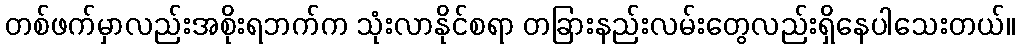
တစ်ဖက်မှာလည်းအစိုးရဘက်က သုံးလာနိုင်စရာ တခြားနည်းလမ်းတွေလည်းရှိနေပါသေးတယ်။